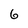
Character: 6